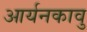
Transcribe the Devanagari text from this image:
आर्यनकावु